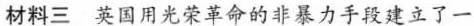
材料三 英国用光荣革命的非暴力手段建立了一